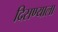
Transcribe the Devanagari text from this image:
दिसण्याला